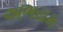
અભયમ